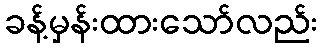
ခန့်မှန်းထားသော်လည်း